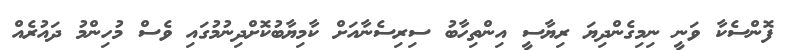
ފޮންސެކާ ވަނީ ނިމިގެންދިޔަ ރިޔާސީ އިންތިހާބު ސިރިސެނާއަށް ކާމިޔާބުކޮށްދިނުމުގައި ވެސް މުހިންމު ދައުރެއް